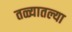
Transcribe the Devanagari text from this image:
तळ्यातल्या